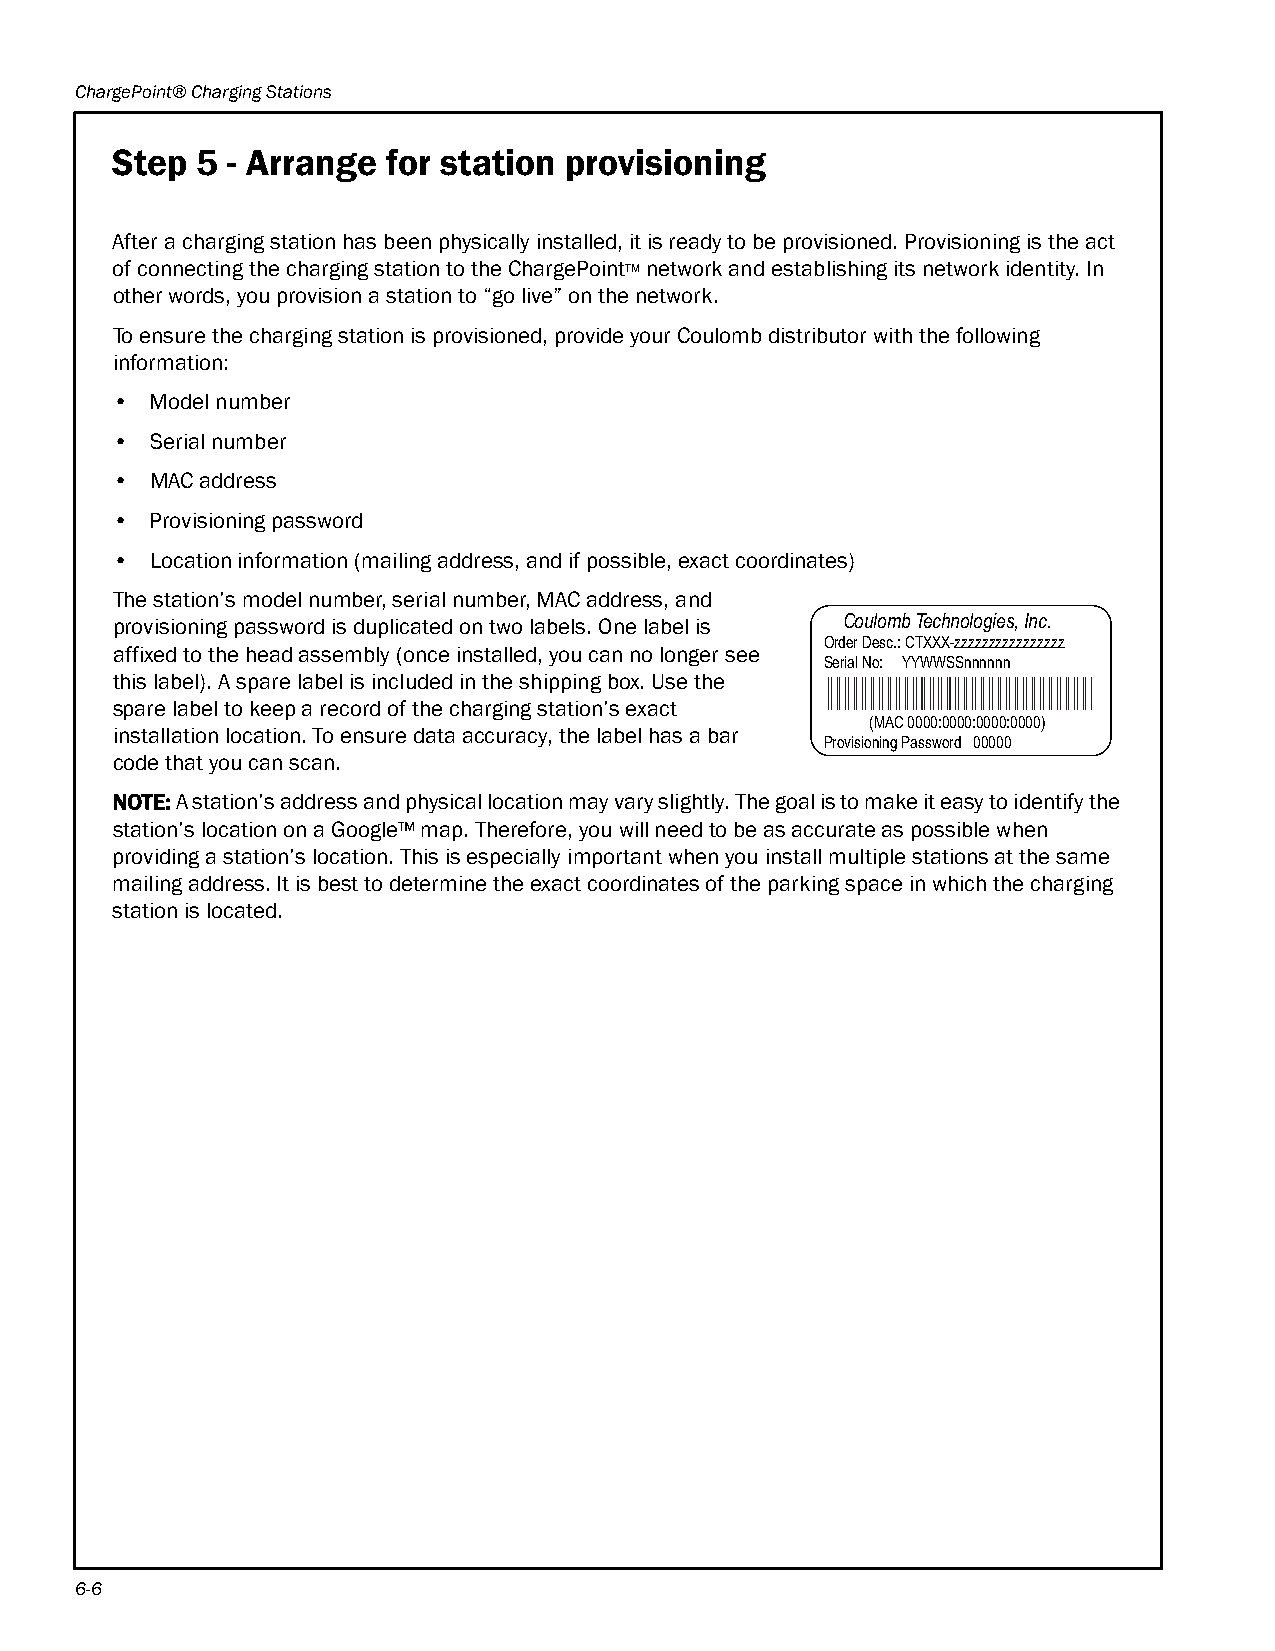
ChargePoint® Charging Stations
 Step  5 - Arrange  for station provisioning
 After a charging station has been physically installed, it is ready to be provisioned. Provisioning is the act
 of connecting the charging station to the ChargePointTM network and establishing its network identity. In
 other words, you provision a station to “go live” on the network.
 To ensure the charging station is provisioned, provide your Coulomb distributor with the following
 information:
 •  Model number
 •  Serial number
 •  MAC address
 •  Provisioning password
 •  Location information (mailing address, and if possible, exact coordinates)
 The station’s model number, serial number, MAC address, and
 provisioning password is duplicated on two labels. One label is Coulomb Technologies, Inc.
 Order Desc.: CTXXX-zzzzzzzzzzzzzzzz
 affixed to the head assembly (once installed, you can no longer see
 Serial No: YYWWSSnnnnnn
 this label). A spare label is included in the shipping box. Use the
 spare label to keep a record of the charging station’s exact
 (MAC 0000:0000:0000:0000)
 installation location. To ensure data accuracy, the label has a bar
 Provisioning Password 00000
 code that you can scan.
 NOTE: A station’s address and physical location may vary slightly. The goal is to make it easy to identify the
 station’s location on a Google™ map. Therefore, you will need to be as accurate as possible when
 providing a station’s location. This is especially important when you install multiple stations at the same
 mailing address. It is best to determine the exact coordinates of the parking space in which the charging
 station is located.
 6-6